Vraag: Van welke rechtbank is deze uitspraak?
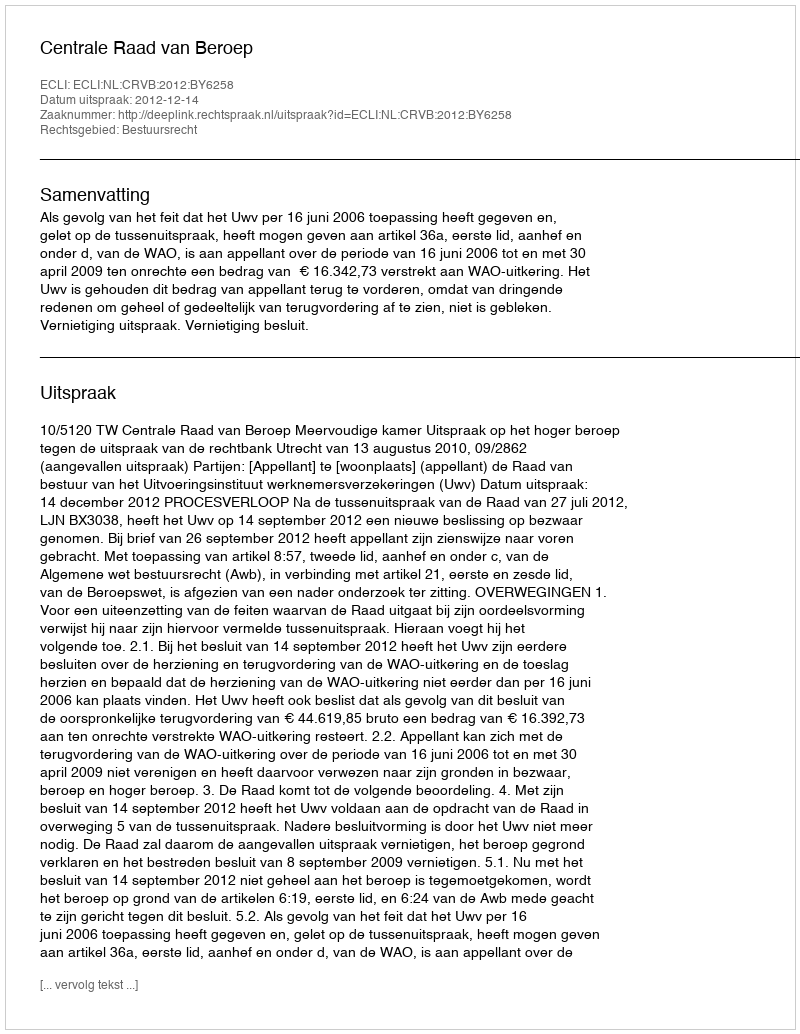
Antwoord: Centrale Raad van Beroep